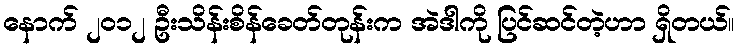
နောက် ၂၀၁၂ ဦးသိန်းစိန်ခေတ်တုန်းက အဲဒါကို ပြင်ဆင်တဲ့ဟာ ရှိတယ်။